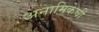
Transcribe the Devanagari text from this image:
अनामिकेची